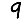
Digit: 9